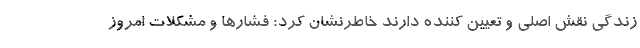
زندگی نقش اصلی و تعیین کننده دارند خاطرنشان کرد: فشارها و مشکلات امروز